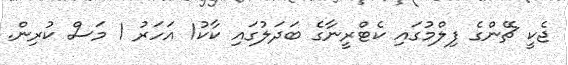
ޖެކީ ޗޭންގެ ފިލްމުގައި ކެޓްރީނާގެ ބަދަލުގައި ކާކު1 އަހަރު 1 މަސް ކުރިން.